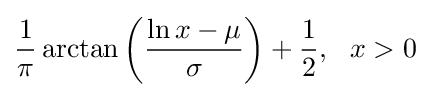
{\frac {1}{\pi }}\arctan \left({\frac {\ln x-\mu }{\sigma }}\right)+{\frac {1}{2}},\ \ x>0